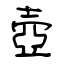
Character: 壺